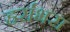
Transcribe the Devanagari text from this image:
हर्राभरा